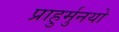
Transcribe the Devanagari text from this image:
प्राहुर्मुनयो